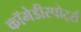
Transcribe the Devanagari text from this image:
कॉमेडीस्पोर्ट्स